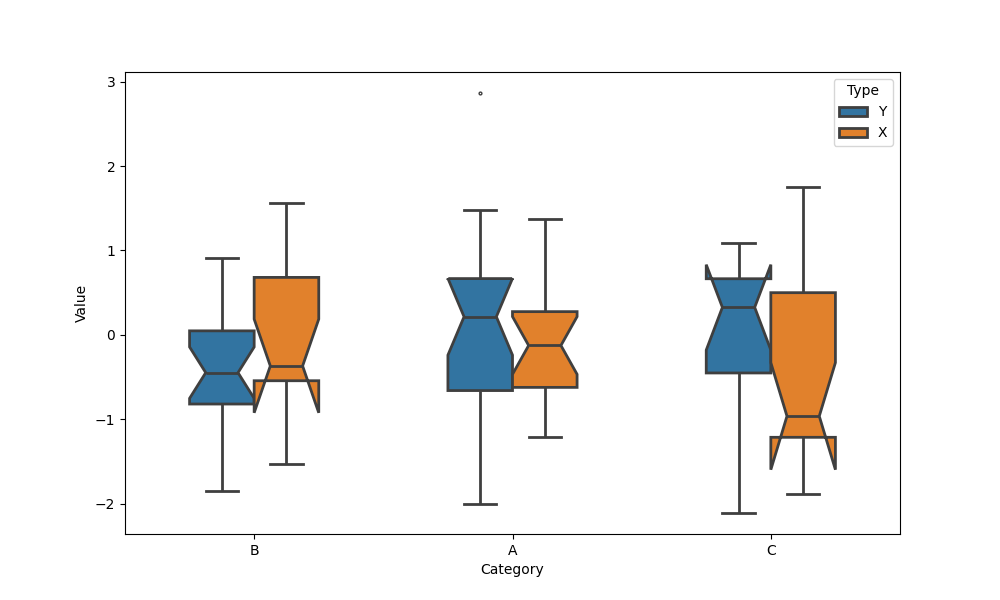
python, seaborn, boxplot, width=0.5, linewidth=2, fliersize=2, notch=True